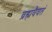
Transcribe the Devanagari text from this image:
ब्रह्मवैवतं